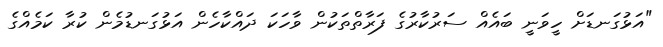
"އަޅުގަނޑަށް ހީވަނީ ބައެއް ސަރުކާރުގެ ފަރާތްތަކުން ވާހަކަ ދައްކާހެން އަޅުގަނޑުމެން ކުރާ ކަމެއްގެ